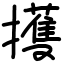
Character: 擭